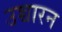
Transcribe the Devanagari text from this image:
उच्चारन